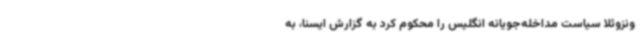
ونزوئلا سیاست مداخله‌جویانه انگلیس را محکوم کرد به گزارش ایسنا، به